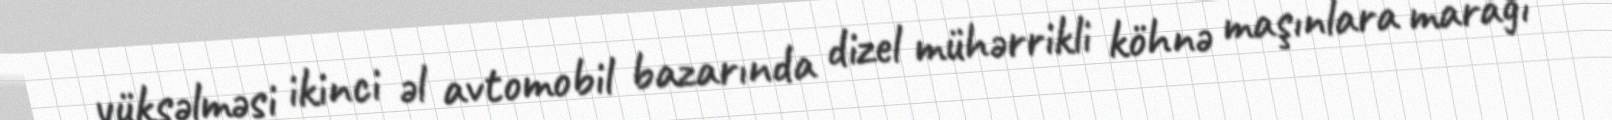
yüksəlməsi ikinci əl avtomobil bazarında dizel mühərrikli köhnə maşınlara marağı